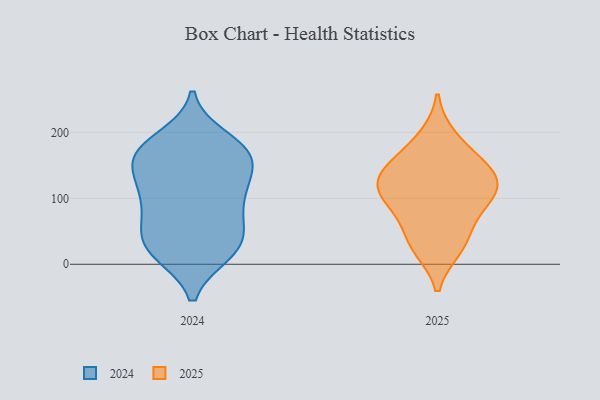
{"axis": {"x": "Tickets Resolved", "y": "Value"}, "legend": ["2024", "2025"], "data": [{"x": "", "y": 144, "type": "2025"}, {"x": "", "y": 129, "type": "2025"}, {"x": "", "y": 106, "type": "2025"}, {"x": "", "y": 118, "type": "2025"}, {"x": "", "y": 25, "type": "2025"}, {"x": "", "y": 100, "type": "2025"}, {"x": "", "y": 56, "type": "2025"}, {"x": "", "y": 192, "type": "2025"}, {"x": "", "y": 163, "type": "2025"}, {"x": "", "y": 29, "type": "2025"}, {"x": "", "y": 89, "type": "2025"}, {"x": "", "y": 138, "type": "2025"}, {"x": "", "y": 163, "type": "2024"}, {"x": "", "y": 169, "type": "2024"}, {"x": "", "y": 41, "type": "2024"}, {"x": "", "y": 17, "type": "2024"}, {"x": "", "y": 190, "type": "2024"}, {"x": "", "y": 114, "type": "2024"}, {"x": "", "y": 89, "type": "2024"}, {"x": "", "y": 174, "type": "2024"}, {"x": "", "y": 18, "type": "2024"}, {"x": "", "y": 173, "type": "2024"}, {"x": "", "y": 97, "type": "2024"}, {"x": "", "y": 158, "type": "2024"}, {"x": "", "y": 119, "type": "2024"}, {"x": "", "y": 59, "type": "2024"}, {"x": "", "y": 29, "type": "2024"}, {"x": "", "y": 120, "type": "2024"}, {"x": "", "y": 58, "type": "2024"}, {"x": "", "y": 20, "type": "2024"}, {"x": "", "y": 157, "type": "2024"}]}